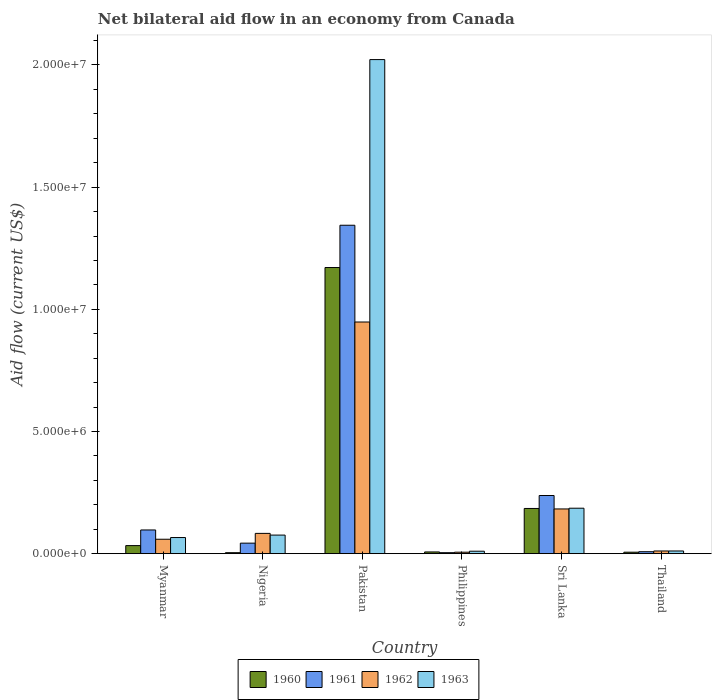
| Country | 1960 | 1961 | 1962 | 1963 |
 | --- | --- | --- | --- | --- |
 | Myanmar | 3.3e+05 | 9.7e+05 | 5.9e+05 | 6.6e+05 |
 | Nigeria | 4e+04 | 4.3e+05 | 8.3e+05 | 7.6e+05 |
 | Pakistan | 1.17e+07 | 1.34e+07 | 9.48e+06 | 2.02e+07 |
 | Philippines | 7e+04 | 4e+04 | 6e+04 | 1e+05 |
 | Sri Lanka | 1.85e+06 | 2.38e+06 | 1.83e+06 | 1.86e+06 |
 | Thailand | 6e+04 | 8e+04 | 1.1e+05 | 1.1e+05 |